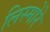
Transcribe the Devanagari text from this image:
लिस्मोरे